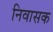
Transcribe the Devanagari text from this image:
निवासक